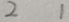
2 1